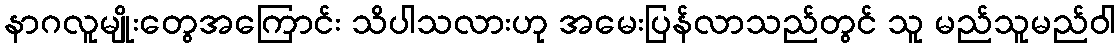
နာဂလူမျိုးတွေအကြောင်း သိပါသလားဟု အမေးပြန်လာသည်တွင် သူ မည်သူမည်ဝါ